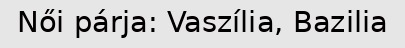
Női párja: Vaszília, Bazilia